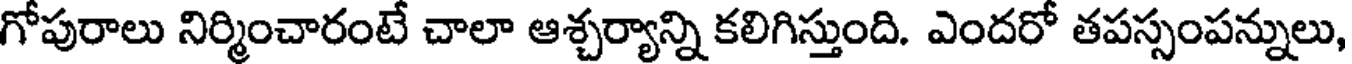
గోపురాలు నిర్మించారంటే చాలా ఆశ్చర్యాన్ని కలిగిస్తుంది. ఎందరో తపస్సంపన్నులు,